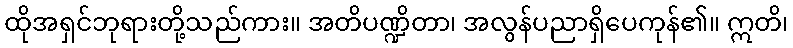
ထိုအရှင်ဘုရားတို့သည်ကား။ အတိပဏ္ဍိတာ၊ အလွန်ပညာရှိပေကုန်၏။ ဣတိ၊